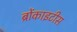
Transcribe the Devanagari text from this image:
ब्रोंकाइटीस